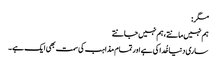
مگر:
ہم نہیں مانتے ، ہم نہیں جانتے
ساری دنیا خُدا کی ہے اور تمام مذاہب کی سمت بھی ایک ہے ۔